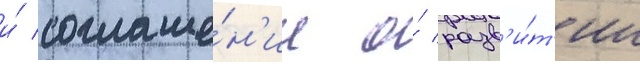
и́ соглаше́н'ие о́ разв'и́т'ии